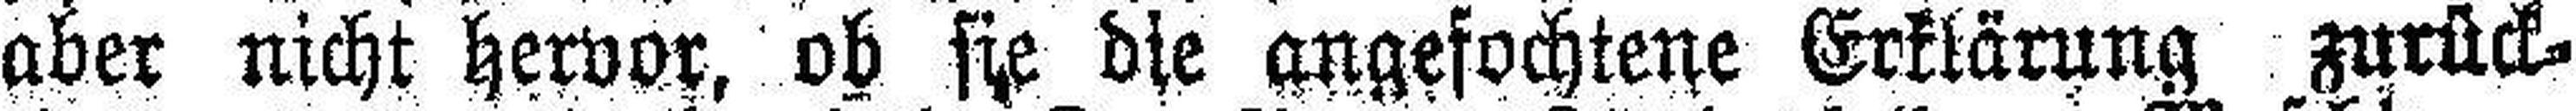
aber nicht hervor, ob sie die angefochtene Erklärung zurück¬